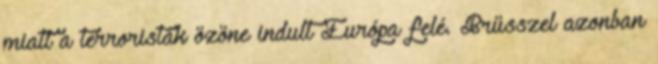
miatt a terroristák özöne indult Európa felé. Brüsszel azonban